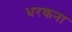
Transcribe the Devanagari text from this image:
धरकना